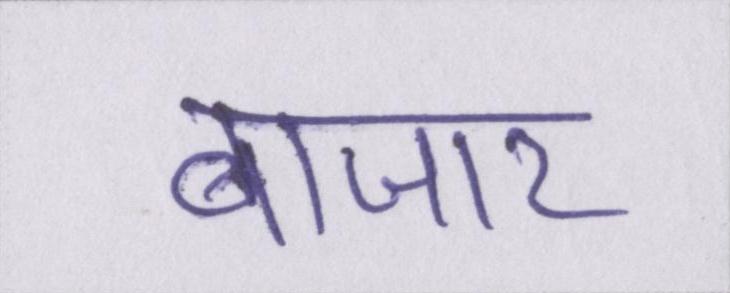
बाजार